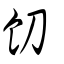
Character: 饕